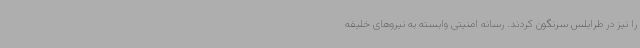
را نیز در طرابلس سرنگون کردند. رسانه امنیتی وابسته به نیروهای خلیفه